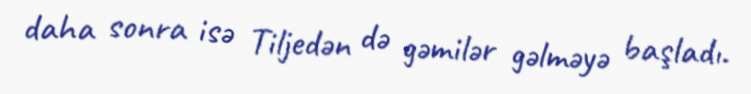
daha sonra isə Tiljedən də gəmilər gəlməyə başladı.